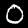
Label: 0